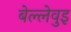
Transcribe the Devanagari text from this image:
बेल्लेवुइ